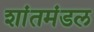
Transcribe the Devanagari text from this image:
शांतमंडल